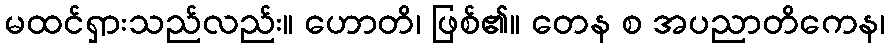
မထင်ရှားသည်လည်း။ ဟောတိ၊ ဖြစ်၏။ တေန စ အပညာတိကေန၊